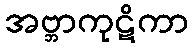
အဗ္ဘာကုဋိကာ